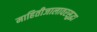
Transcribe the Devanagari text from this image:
माहितीजालावरसुद्धा